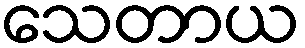
သေတာယ